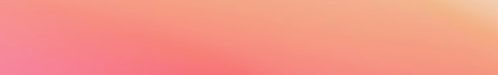
open 24 hours